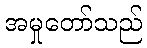
အမှုတော်သည်